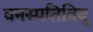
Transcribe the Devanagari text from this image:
वनस्पतिविद्